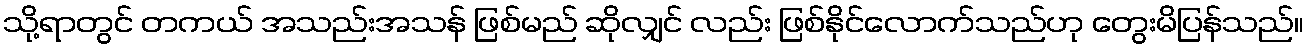
သို့ရာတွင် တကယ် အသည်းအသန် ဖြစ်မည် ဆိုလျှင် လည်း ဖြစ်နိုင်လောက်သည်ဟု တွေးမိပြန်သည်။